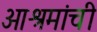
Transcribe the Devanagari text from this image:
आश्रमांची